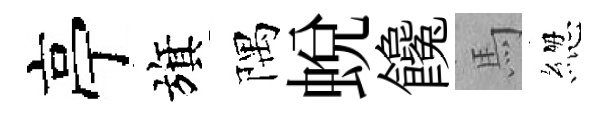
亭旗隅蛻饞馬緫